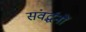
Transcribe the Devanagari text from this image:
संवर्द्धनों